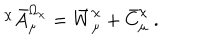
LaTeX: ^ \chi \bar { A } _ { \mu } ^ { \Omega _ { \chi } } = \bar { W } _ { \mu } ^ { \chi } + \bar { C } _ { \mu } ^ { \chi } \ .